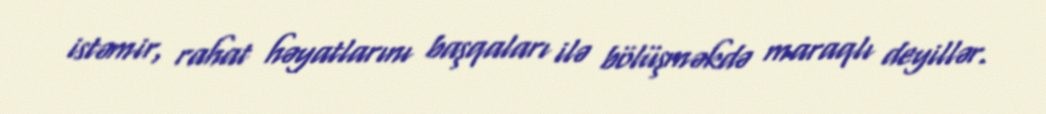
istəmir, rahat həyatlarını başqaları ilə bölüşməkdə maraqlı deyillər.